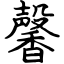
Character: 馨